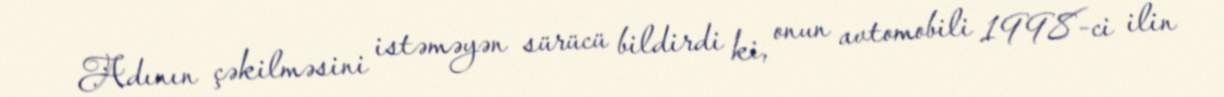
Adının çəkilməsini istəməyən sürücü bildirdi ki, onun avtomobili 1998-ci ilin